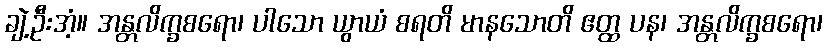
ချဲ့ဦးအံ့။ အန္တလိက္ခစရော၊ ပါသော ယွာယံ စရတိ မာနသောတိ ဧတ္ထ ပန၊ အန္တလိက္ခစရော၊